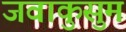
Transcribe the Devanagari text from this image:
जवाकुसुम